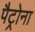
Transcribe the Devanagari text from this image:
पैट्रोना